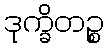
ဒုက္ခိတဉ္စ